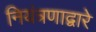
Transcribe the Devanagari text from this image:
नियंत्रणाद्वारे